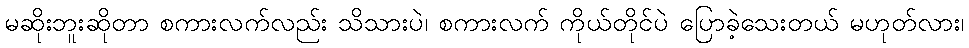
မဆိုးဘူးဆိုတာ စကားလက်လည်း သိသားပဲ၊ စကားလက် ကိုယ်တိုင်ပဲ ပြောခဲ့သေးတယ် မဟုတ်လား၊